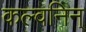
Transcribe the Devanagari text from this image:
कल्वनिन्